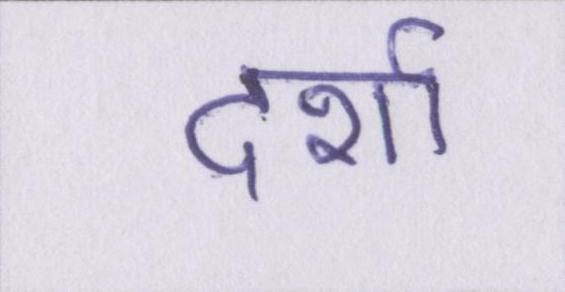
दर्शा